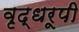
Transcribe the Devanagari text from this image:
वृद्धरूपी